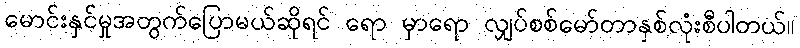
မောင်းနှင်မှုအတွက်ပြောမယ်ဆိုရင် ရော မှာရော လျှပ်စစ်မော်တာနှစ်လုံးစီပါတယ်။